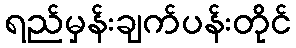
ရည်မှန်းချက်ပန်းတိုင်